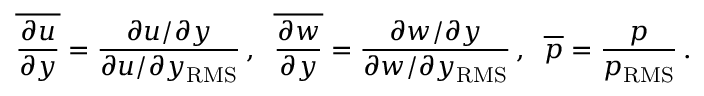
\overline { { \frac { \partial u } { \partial y } } } = \frac { \partial u / \partial y } { \partial u / \partial y _ { \mathrm { R M S } } } \, , \; \; \overline { { \frac { \partial w } { \partial y } } } = \frac { \partial w / \partial y } { \partial w / \partial y _ { \mathrm { R M S } } } \, , \; \; \overline { { p } } = \frac { p } { p _ { \mathrm { R M S } } } \, .